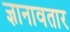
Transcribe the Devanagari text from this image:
ज्ञानावतार